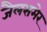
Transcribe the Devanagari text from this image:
जैलसमेर